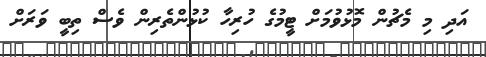
އަދި މި މެޗުން މޮޅުވުމަށް ޓީމުގެ ހުރިހާ ކުޅުންތެރިން ވެސް ތިބީ ވަރަށް